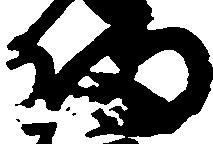
備